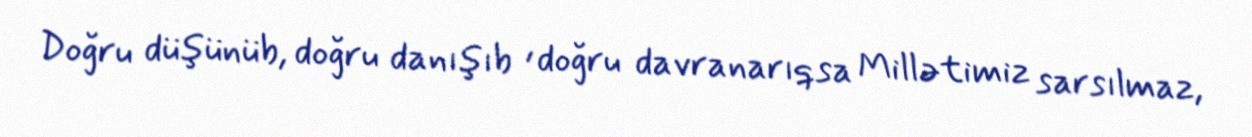
Doğru düşünüb, doğru danışıb , doğru davranarıqsa Millətimiz sarsılmaz,